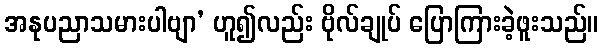
အနုပညာသမားပါဗျာ’ ဟူ၍လည်း ဗိုလ်ချုပ် ပြောကြားခဲ့ဖူးသည်။